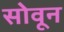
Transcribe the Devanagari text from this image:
सोवून